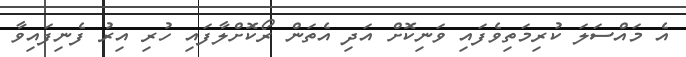
އެ މައްސަލަ ކުރިމަތިވެފައި ވަނިކޮށް އަދި އެތަން ރޯކޮށްލާފައި ހުރި އިރު ފެނިފައިވާ